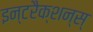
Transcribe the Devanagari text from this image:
इन्टरैक्शन्स्